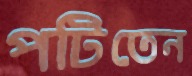
পটিতেন